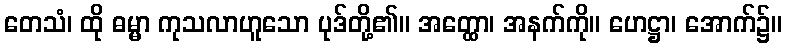
တေသံ၊ ထို ဓမ္မာ ကုသလာဟူသော ပုဒ်တို့၏။ အတ္ထော၊ အနက်ကို။ ဟေဋ္ဌာ၊ အောက်၌။